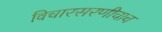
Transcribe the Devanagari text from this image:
विचारसरणीचाच